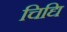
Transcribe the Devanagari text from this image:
चिद्यि